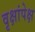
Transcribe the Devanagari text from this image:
वृक्षांपेक्ष